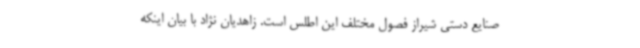
صنایع دستی شیراز فصول مختلف این اطلس است. زاهدیان نژاد با بیان اینکه